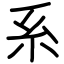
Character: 系